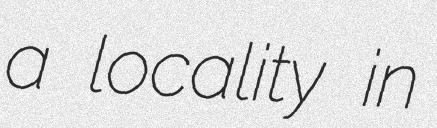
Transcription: a locality in